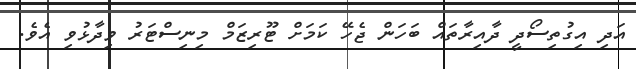
އަދި އިގުތިސޯދީ ދާއިރާތައް ބަހަން ޖެހޭ ކަމަށް ޓޫރިޒަމް މިނިސްޓަރު ވިދާޅުވި އެވެ.